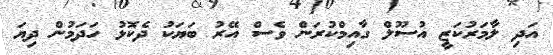
އަދި ލާމަރުކަޒީ އުސޫލް ގާއިމްކުރަން ވެސް އޭރު ބަޔަކު ދެކޮޅު ހަދަމުން ދިޔަ